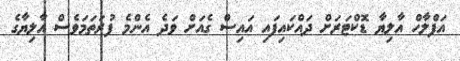
އަފްލާހް އާލިޔާ ޑޮކްޓަރަށް ދައްކައިފައި އައިސް ގެއަށް ވަދެ އެންމެ ފުރަތަމަވެސް އާލިޔާގެ